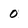
Character: 0